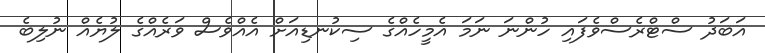
އަބަދު ސްޓްރެސްވެފައި ހުންނަ ނަމަ އެމީހެއްގެ ސިކުނޑިއަށް އެއްވެސް ވަރެއްގެ ލުޔެއް ނުލިބެ